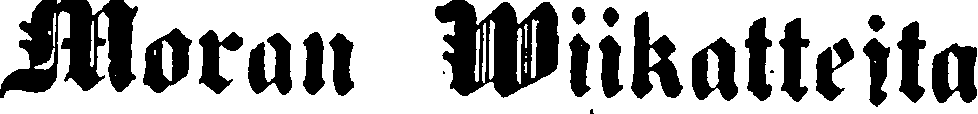
Moran Wiikatteita